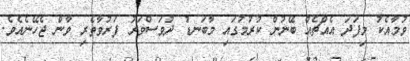
ވުމާއެކު މިފަދަ އެއްޗެއް ބޭނުން ކުރުމުގައި މާބަނޑު ދުވަސްވަރު ފަރުވާތެރި ވާން ޖެހޭނެއެވެ.